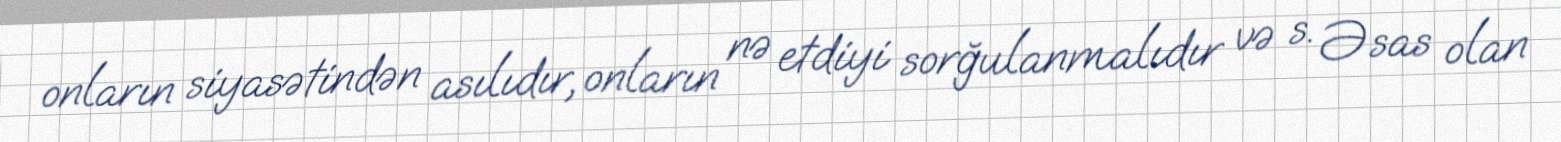
onların siyasətindən asılıdır, onların nə etdiyi sorğulanmalıdır və s. Əsas olan